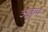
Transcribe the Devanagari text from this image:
ञकुप